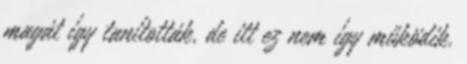
magát így tanították, de itt ez nem így működik.